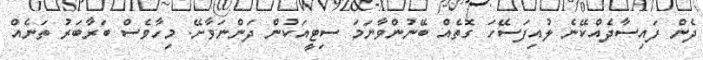
ދެން ފައިސާދެއްކޭނެ ލުއިފަސޭހަ ގޮތެއް ބޭނުންވާނަމަ ސިޓީއަކުން ދަންނަވާށޭ. މިހާވެސް ބަރާބަރު ތަނެއް